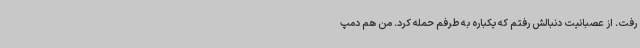
رفت. از عصبانیت دنبالش رفتم که یکباره به طرفم حمله کرد. من هم دمپ